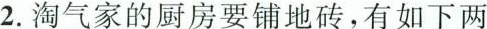
2.淘气家的厨房要铺地砖，有如下两